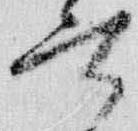
言